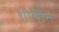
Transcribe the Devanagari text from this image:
शोशित